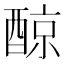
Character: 䣼